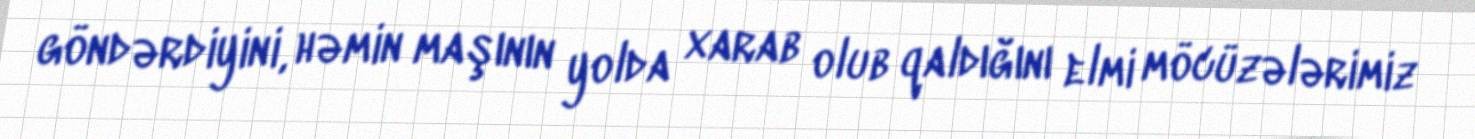
göndərdiyini, həmin maşının yolda xarab olub qaldığını elmi möcüzələrimiz